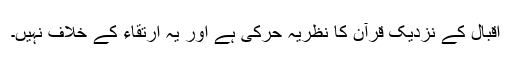
اقبال کے نزدیک قرآن کا نظریہ حرکی ہے اور یہ ارتقاء کے خلاف نہیں۔